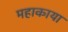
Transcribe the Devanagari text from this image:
महाकाया